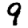
Digit: 9